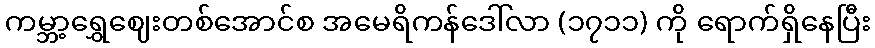
ကမ္ဘာ့ရွှေဈေးတစ်အောင်စ အမေရိကန်ဒေါ်လာ (၁၇၁၁) ကို ရောက်ရှိနေပြီး